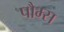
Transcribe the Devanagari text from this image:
पौम्स